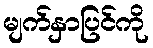
မျက်နှာပြင်ကို